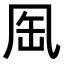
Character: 𠙈